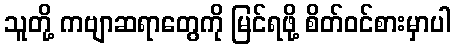
သူတို့ ကဗျာဆရာတွေကို မြင်ရဖို့ စိတ်ဝင်စားမှာပါ